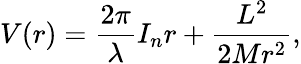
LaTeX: V(r)=\frac{2\pi}{\lambda}I_{n}r+\frac{L^{2}}{2Mr^{2}},